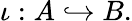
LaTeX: \iota:A\hookrightarrow B.